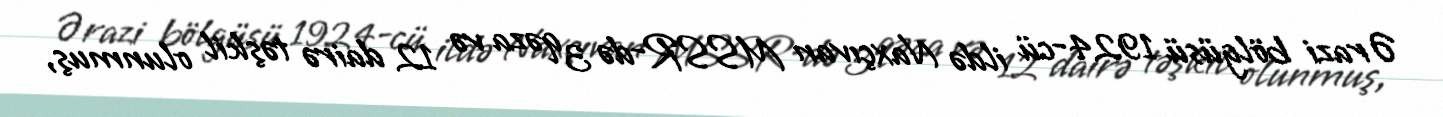
Ərazi bölgüsü 1924-cü ildə Naxçıvan MSSR-də 3 qəza və 12 dairə təşkil olunmuş,